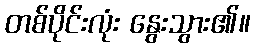
တစ်ပိုင်းလုံး နွေးသွား၏။